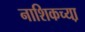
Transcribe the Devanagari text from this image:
नाशिकच्या़